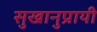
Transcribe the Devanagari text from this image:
सुखानुप्रायी